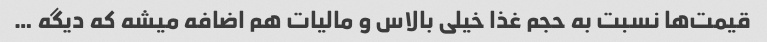
قیمت‌ها نسبت به حجم غذا خیلی بالاس و مالیات هم اضافه میشه که دیگه …